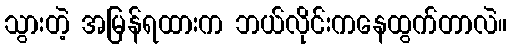
သွားတဲ့ အမြန်ရထားက ဘယ်လိုင်းကနေထွက်တာလဲ။